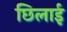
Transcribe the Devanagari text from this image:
छिलाई